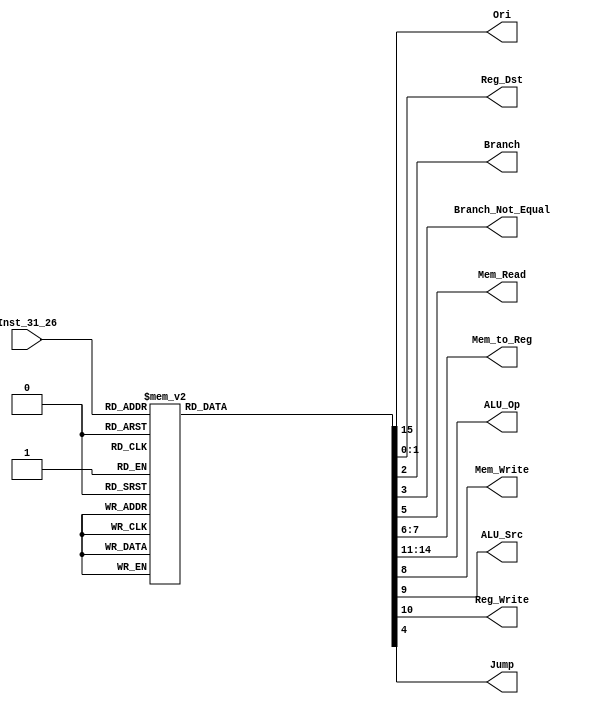
module CONTROL(Ori,Reg_Dst,Branch,Branch_Not_Equal,Mem_Read,Mem_to_Reg,ALU_Op,Mem_Write,ALU_Src,Reg_Write,Jump,Inst_31_26);
	output reg  Ori,Branch,Branch_Not_Equal,Mem_Read,Mem_Write,ALU_Src,Reg_Write,Jump;
	output reg  [1:0] Mem_to_Reg,Reg_Dst;
	output reg  [3:0] ALU_Op;
	input  wire [5:0] Inst_31_26;

	initial
	begin
		Branch <= 0;
		Jump <= 0 ;
		Branch_Not_Equal <= 0;
		Mem_Read <= 0 ;
		Mem_Write <=0;
		Reg_Write <= 0;
		ALU_Src <= 0;
		Mem_to_Reg <= 0;
		Reg_Dst <= 0;
		ALU_Op <= 0;
		Ori <= 1'b0;
	end

	always@(Inst_31_26) // if any of instruction opcode changes 
	begin
		
		case(Inst_31_26)
			6'd0:     //R-Formate
			begin
				Reg_Dst<=2'b01;
				Branch<=1'b0;
				Branch_Not_Equal<=1'b0;
				Jump<=1'b0;
				Mem_Read<=1'b0;
				Mem_to_Reg<=2'b00;
				Mem_Write<=1'b0;
				ALU_Src<=1'b0;
				Reg_Write<=1'b1;
				ALU_Op<=4'b0010;
				Ori <= 1'b0;
			end
			6'd2:	//jump
			begin
				Reg_Dst<=2'bxx;
				Branch<=1'b0;
				Branch_Not_Equal<=1'b0;
				Jump<=1'b1;
				Mem_Read<=1'b0;
				Mem_to_Reg<=2'bxx;
				Mem_Write<=1'b0;
				ALU_Src<=1'bx;
				Reg_Write<=1'b0;
				ALU_Op<=4'b0xxx;
				Ori <= 1'b0;
			end	
			6'd3:	//jal
			begin
				Reg_Dst<=2'b10;
				Branch<=1'b0;
				Branch_Not_Equal<=1'b0;
				Jump<=1'b1;
				Mem_Read<=1'b0;
				Mem_to_Reg<=2'b10;
				Mem_Write<=1'b0;
				ALU_Src<=1'bx;
				Reg_Write<=1'b1;
				ALU_Op<=4'b0xxx;
				Ori <= 1'b0;
			end
			6'd4:	//beq
			begin
				Reg_Dst<=2'b00;
				Branch<=1'b1;
				Branch_Not_Equal<=1'b0;
				Jump<=1'b0;
				Mem_Read<=1'b0;
				Mem_to_Reg<=2'b00;
				Mem_Write<=1'b0;
				ALU_Src<=1'b0;
				Reg_Write<=1'b0;
				ALU_Op<=4'b0001;
				Ori <= 1'b0;
			end
			6'd5:	//bne
			begin
				Reg_Dst<=2'b00;
				Branch<=1'b0;
				Branch_Not_Equal<=1'b1;
				Jump<=1'b0;
				Mem_Read<=1'b0;
				Mem_to_Reg<=2'b00;
				Mem_Write<=1'b0;
				ALU_Src<=1'b0;
				Reg_Write<=1'b0;
				ALU_Op<=4'b0001;
				Ori <= 1'b0;
			end
			6'd8: 	//addi
			begin
				Reg_Dst<=2'b00;
				Branch<=1'b0;
				Branch_Not_Equal<=1'b0;
				Jump<=1'b0;
				Mem_Read<=1'b0;
				Mem_to_Reg<=2'b00;
				Mem_Write<=1'b0;
				ALU_Src<=1'b1;
				Reg_Write<=1'b1;
				ALU_Op<=4'b0000;
				Ori <= 1'b0;
			end
			6'd10:	//slti
			begin
				Reg_Dst<=2'b00;
				Branch<=1'b0;
				Branch_Not_Equal<=1'b0;
				Jump<=1'b0;
				Mem_Read<=1'b0;
				Mem_to_Reg<=2'b00;
				Mem_Write<=1'b0;
				ALU_Src<=1'b1;
				Reg_Write<=1'b1;
				ALU_Op<=4'b0101;
				Ori <= 1'b0;
			end
			6'd11:	//sgti
			begin
				Reg_Dst<=2'b00;
				Branch<=1'b0;
				Branch_Not_Equal<=1'b0;
				Jump<=1'b0;
				Mem_Read<=1'b0;
				Mem_to_Reg<=2'b00;
				Mem_Write<=1'b0;
				ALU_Src<=1'b1;
				Reg_Write<=1'b1;
				ALU_Op<=4'b1000;
				Ori <= 1'b0;
			end
			6'd12:	//andi
			begin
				Reg_Dst<=2'b00;
				Branch<=1'b0;
				Branch_Not_Equal<=1'b0;
				Jump<=1'b0;
				Mem_Read<=1'b0;
				Mem_to_Reg<=2'b00;
				Mem_Write<=1'b0;
				ALU_Src<=1'b1;
				Reg_Write<=1'b1;
				ALU_Op<=4'b0011;
				Ori <= 1'b0;
			end
			6'd13:	//ori
			begin
				Reg_Dst<=2'b00;
				Branch<=1'b0;
				Branch_Not_Equal<=1'b0;
				Jump<=1'b0;
				Mem_Read<=1'b0;
				Mem_to_Reg<=2'b00;
				Mem_Write<=1'b0;
				ALU_Src<=1'b1;
				Reg_Write<=1'b1;
				ALU_Op<=4'b0100;
				Ori <= 1'b1;
			end		
			6'd14:	//xori
			begin
				Reg_Dst<=2'b00;
				Branch<=1'b0;
				Branch_Not_Equal<=1'b0;
				Jump<=1'b0;
				Mem_Read<=1'b0;
				Mem_to_Reg<=2'b00;
				Mem_Write<=1'b0;
				ALU_Src<=1'b1;
				Reg_Write<=1'b1;
				ALU_Op<=4'b0110;
				Ori <= 1'b0;
			end
			6'd15:	//lui
			begin
				Reg_Dst<=2'b00;
				Branch<=1'b0;
				Branch_Not_Equal<=1'b0;
				Jump<=1'b0;
				Mem_Read<=1'b0;
				Mem_to_Reg<=2'b00;
				Mem_Write<=1'b0;
				ALU_Src<=1'b1;
				Reg_Write<=1'b1;
				ALU_Op<=4'b0111;
				Ori <= 1'b0;
			end
			6'd32:	//lb
			begin
				Reg_Dst<=2'b00;
				Branch<=1'b0;
				Branch_Not_Equal<=1'b0;
				Jump<=1'b0;
				Mem_Read<=1'b0;
				Mem_to_Reg<=2'b00;
				Mem_Write<=1'b0;
				ALU_Src<=1'b1;
				Reg_Write<=1'b1;
				ALU_Op<=4'b0111;
				Ori <= 1'b0;
			end
			6'd33:	//lh
			begin
				Reg_Dst<=2'b00;
				Branch<=1'b0;
				Branch_Not_Equal<=1'b0;
				Jump<=1'b0;
				Mem_Read<=1'b0;
				Mem_to_Reg<=2'b00;
				Mem_Write<=1'b0;
				ALU_Src<=1'b1;
				Reg_Write<=1'b1;
				ALU_Op<=4'b0111;
				Ori <= 1'b0;
			end
			6'd35:     //lw
			begin
				Reg_Dst<=2'b00;
				Branch<=1'b0;
				Branch_Not_Equal<=1'b0;
				Jump<=1'b0;
				Mem_Read<=1'b1;
				Mem_to_Reg<=2'b01;
				Mem_Write<=1'b0;
				ALU_Src<=1'b1;
				Reg_Write<=1'b1;
				ALU_Op<=4'b0000;
				Ori <= 1'b0;
			end
			6'd43:  //sw
			begin
				Reg_Dst<=2'bxx;
				Branch<=1'b0;
				Branch_Not_Equal<=1'b0;
				Jump<=1'b0;
				Mem_Read<=1'b0;
				Mem_to_Reg<=2'bxx;
				Mem_Write<=1'b1;
				ALU_Src<=1'b1;
				Reg_Write<=1'b0;
				ALU_Op<=4'b0000;
				Ori <= 1'b0;
			end	
			6'd40:	//sb
			begin
				Reg_Dst<=2'b00;
				Branch<=1'b0;
				Branch_Not_Equal<=1'b0;
				Jump<=1'b0;
				Mem_Read<=1'b0;
				Mem_to_Reg<=2'b00;
				Mem_Write<=1'b0;
				ALU_Src<=1'b1;
				Reg_Write<=1'b1;
				ALU_Op<=4'b0111;
				Ori <= 1'b0;
			end
			6'd41:	//sh
			begin
				Reg_Dst<=2'b00;
				Branch<=1'b0;
				Branch_Not_Equal<=1'b0;
				Jump<=1'b0;
				Mem_Read<=1'b0;
				Mem_to_Reg<=2'b00;
				Mem_Write<=1'b0;
				ALU_Src<=1'b1;
				Reg_Write<=1'b1;
				ALU_Op<=4'b0111;
				Ori <= 1'b0;
			end
			default : 
			begin
				Branch <= 0;
				Jump <= 0 ;
				Branch_Not_Equal <= 0;
				Mem_Read <= 0 ;
				Mem_Write <=0;
				Reg_Write <= 0;
				ALU_Src <= 0;
				Mem_to_Reg <= 0;
				Reg_Dst <=0;
				ALU_Op<=4'b0000;
				Ori <= 1'b0;
			end		
		endcase
	end
endmodule